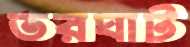
তরঘাট